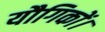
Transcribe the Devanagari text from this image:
यौगिकों।